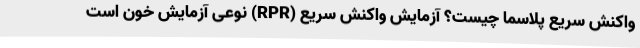
واکنش سریع پلاسما چیست؟ آزمایش واکنش سریع (RPR) نوعی آزمایش خون است